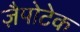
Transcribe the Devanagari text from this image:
ज़ैपोटेक